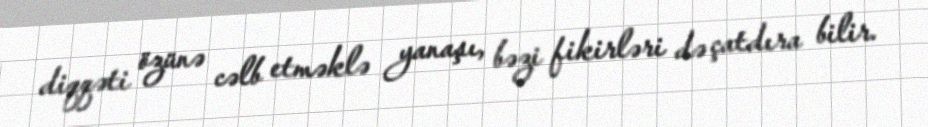
diqqəti özünə cəlb etməklə yanaşı, bəzi fikirləri də çatdıra bilir.